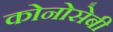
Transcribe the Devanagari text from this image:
कोनोसेबी